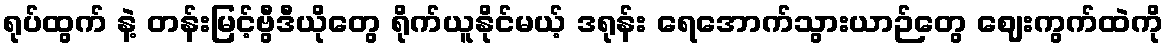
ရုပ်ထွက် နဲ့ တန်းမြင့်ဗွီဒီယိုတွေ ရိုက်ယူနိုင်မယ့် ဒရုန်း ရေအောက်သွားယာဉ်တွေ ဈေးကွက်ထဲကို